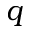
q